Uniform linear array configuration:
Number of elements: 12
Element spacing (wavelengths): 0.5
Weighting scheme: binomial
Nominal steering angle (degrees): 0
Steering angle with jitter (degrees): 0.2093
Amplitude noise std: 0.05
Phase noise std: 0.05

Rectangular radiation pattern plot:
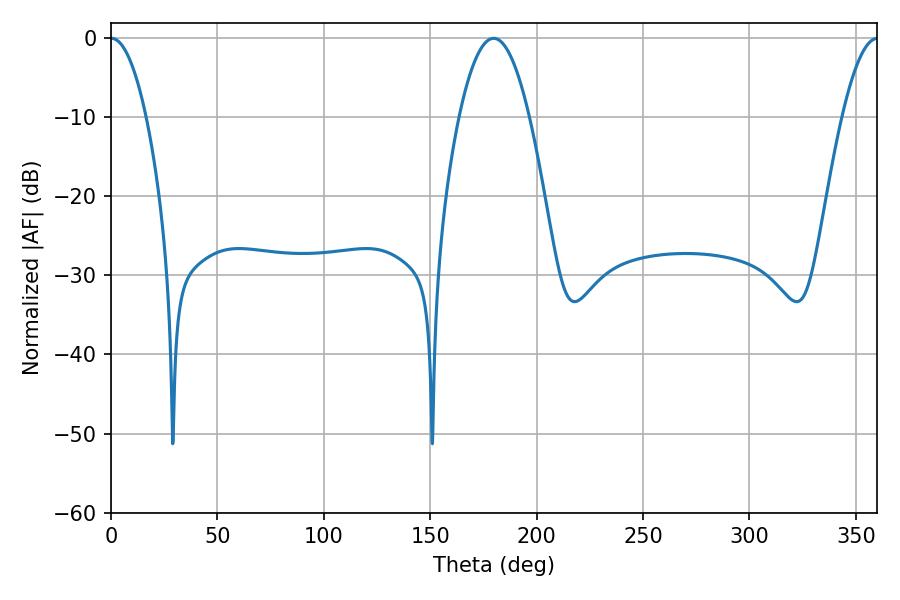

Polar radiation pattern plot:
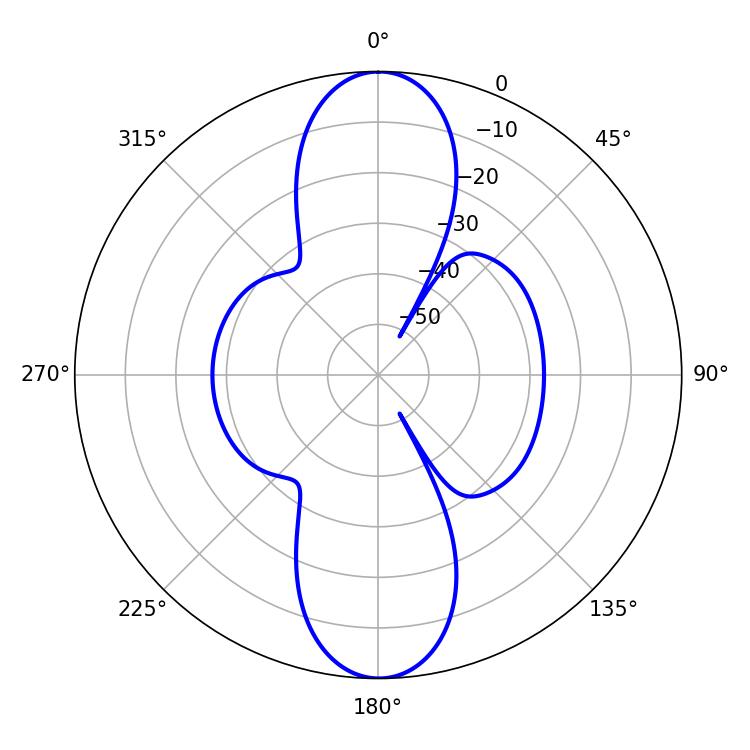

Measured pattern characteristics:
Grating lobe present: FALSE
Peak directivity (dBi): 33.168
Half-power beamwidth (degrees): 9.18
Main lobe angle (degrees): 0.18